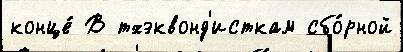
конце́ В тхэквонд'исткам сбо́рной